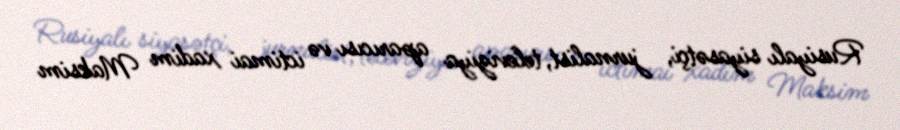
Rusiyalı siyasətçi, jurnalist, televiziya aparıcısı və ictimai xadim Maksim